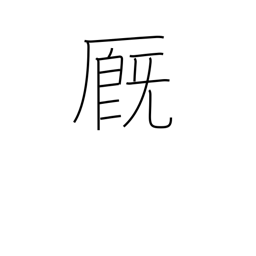
Meaning: stable